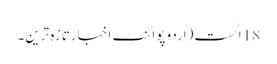
18 اگست(اُردو پوائنٹ اخبارتازہ ترین۔